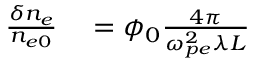
\begin{array} { r l } { \frac { \delta n _ { e } } { n _ { e 0 } } } & { { } = \phi _ { 0 } \frac { 4 \pi } { \omega _ { p e } ^ { 2 } \lambda L } } \end{array}